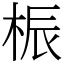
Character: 桭